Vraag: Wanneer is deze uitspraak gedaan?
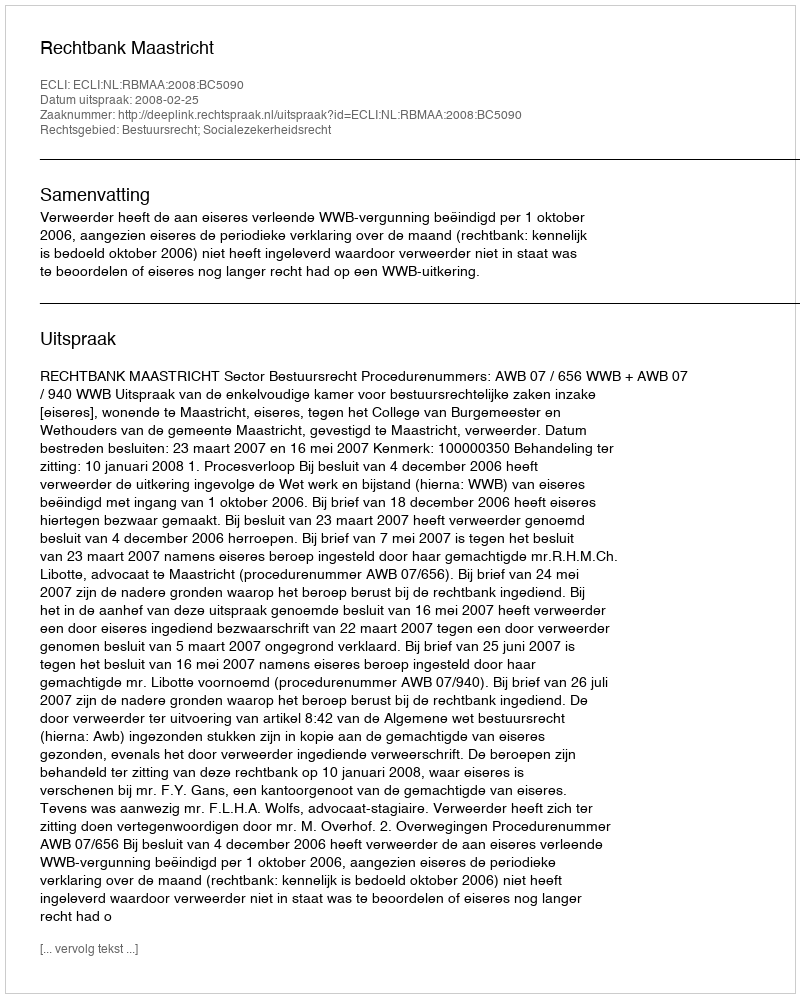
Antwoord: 2008-02-25